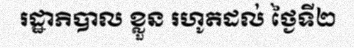
រដ្ឋាភិបាល ខ្លួន រហូតដល់ ថ្ងៃទី២